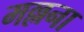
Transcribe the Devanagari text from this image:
मल्लना